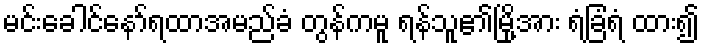
မင်းခေါင်နော်ရထာအမည်ခံ တွန်ကမူ ရန်သူ၏မြို့အား ရံခြံရံ ထား၍